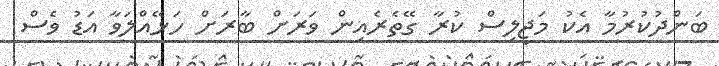
ބަންދުކުރުމާ އެކު މަޖިލިސް ކުރާ ގޭތެރެއިން ވަރަށް ބާރަށް ހަޅޭއްލަވާ އަޑު ވެސް